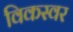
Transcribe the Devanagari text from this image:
विकस्वर